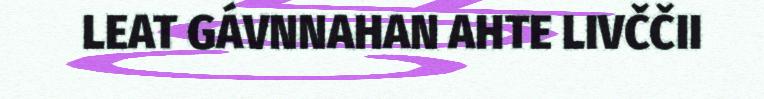
LEAT GÁVNNAHAN AHTE LIVČČII